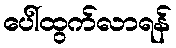
ပေါ်ထွက်လာရန်